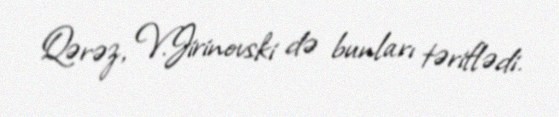
Qərəz, V.Jirinovski də bunları təriflədi.